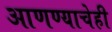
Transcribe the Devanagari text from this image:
आणण्याचेही